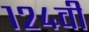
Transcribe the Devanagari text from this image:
१२४वी